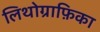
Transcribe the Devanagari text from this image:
लिथोग्राफ़िका